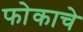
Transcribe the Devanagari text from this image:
फोकाचे